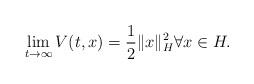
LaTeX: \begin{align*}\lim_{t\to \infty} V(t,x)= \frac12 \|x\|_H^2 \forall x\in H.\end{align*}